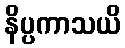
နိပ္ပကာသယိ